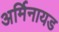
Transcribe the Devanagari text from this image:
अर्मिनायड